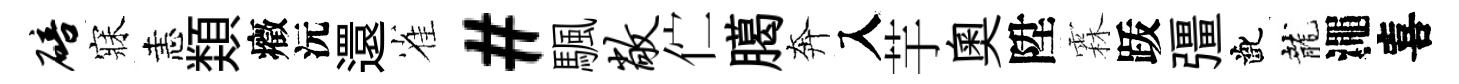
碚寐恚𩔖癥沅還雀#颿敞伫臈奔入芋奥陞霖䟦彊齔龍澠喜